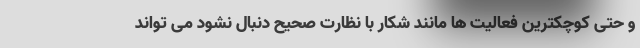
و حتی کوچکترین فعالیت ها مانند شکار با نظارت صحیح دنبال نشود می تواند